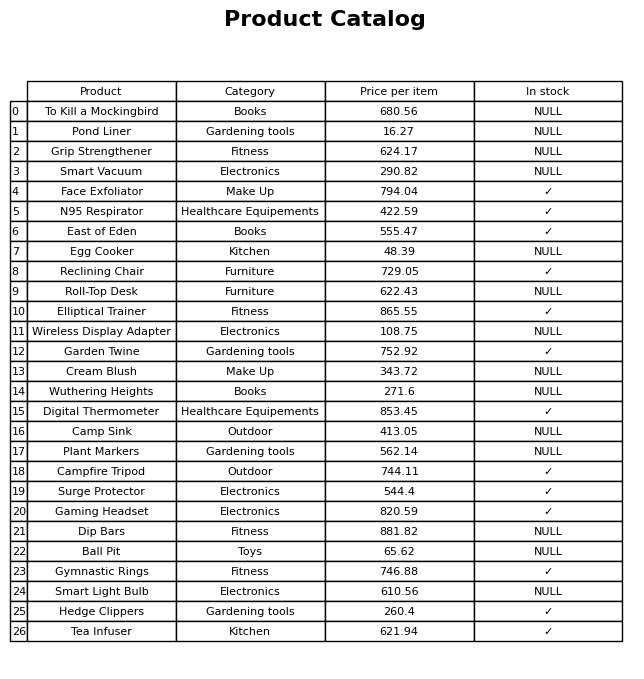
question: What is the price of the Smart Vacuum?
answer: The price of Smart Vacuum is 290.82.